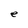
Character: e